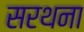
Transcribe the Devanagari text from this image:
सरथना